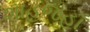
શાહજહાઁ